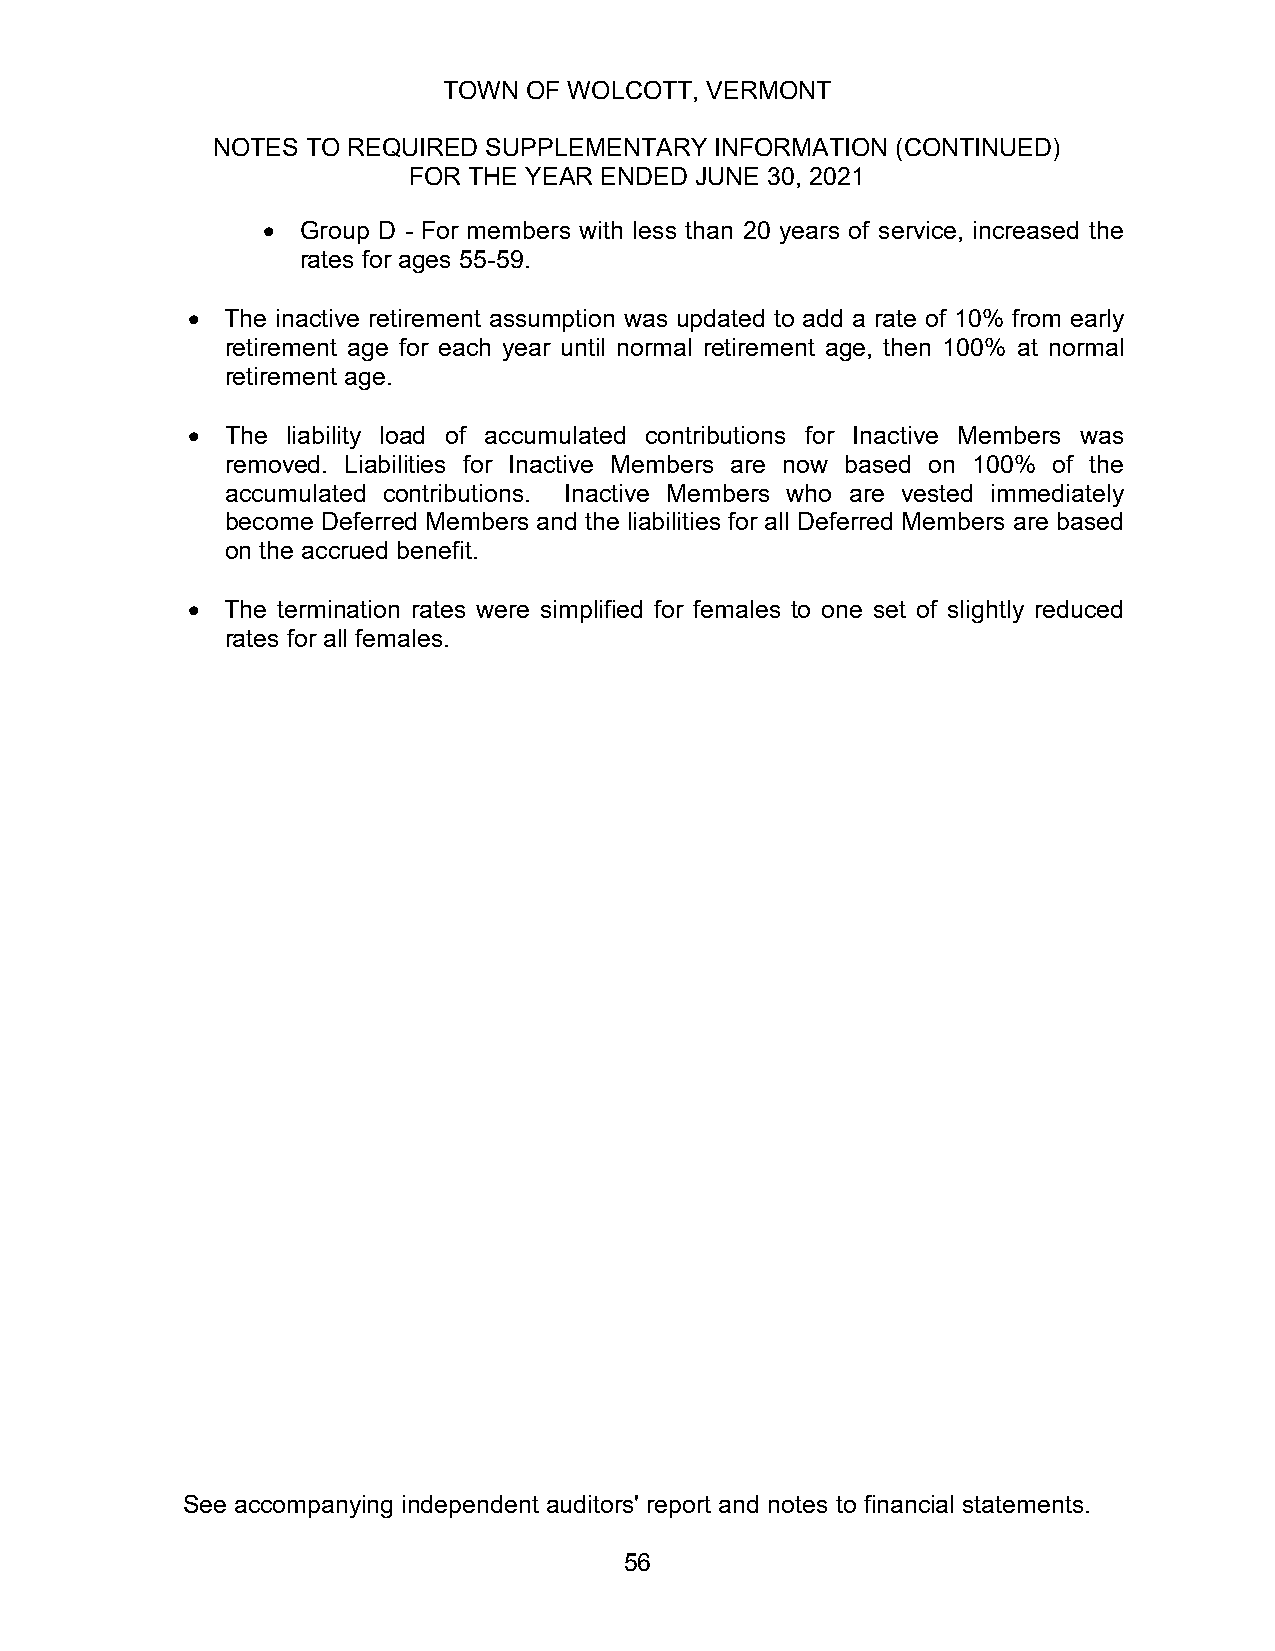
TOWN  OF WOLCOTT, VERMONT
 NOTES TO REQUIRED SUPPLEMENTARY  INFORMATION (CONTINUED)
 FOR THE YEAR ENDED JUNE 30, 2021
   Group D - For members with less than 20 years of service, increased the
 rates for ages 55-59.
   The inactive retirement assumption was updated to add a rate of 10% from early
 retirement age for each year until normal retirement age, then 100% at normal
 retirement age.
   The liability load of accumulated contributions for Inactive Members was
 removed. Liabilities for Inactive Members are now based on 100% of the
 accumulated contributions. Inactive Members who are vested immediately
 become Deferred Members and the liabilities for all Deferred Members are based
 on the accrued benefit.
   The termination rates were simplified for females to one set of slightly reduced
 rates for all females.
 See accompanying independent auditors' report and notes to financial statements.
 56